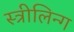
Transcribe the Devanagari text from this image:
स्त्रीलिन्ग